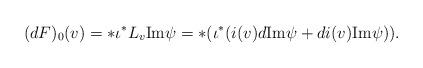
LaTeX: \begin{align*} (dF)_{0}(v) = * \iota^{*} L_{v} {\rm Im} \psi=* (\iota^{*} ( i(v)d {\rm Im} \psi + d i(v) {\rm Im} \psi )).\end{align*}